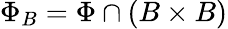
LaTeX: \Phi_{B}=\Phi\cap(B\times B)